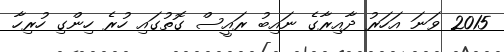
2015 ވަނަ އަހަރު ދާއިރާގެ ނައިބު ރައީސް ގޮތުގައި ހުރެ ހިންގި ހުރިހާ